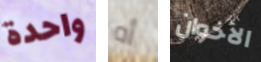
واحدة أه الأخوان